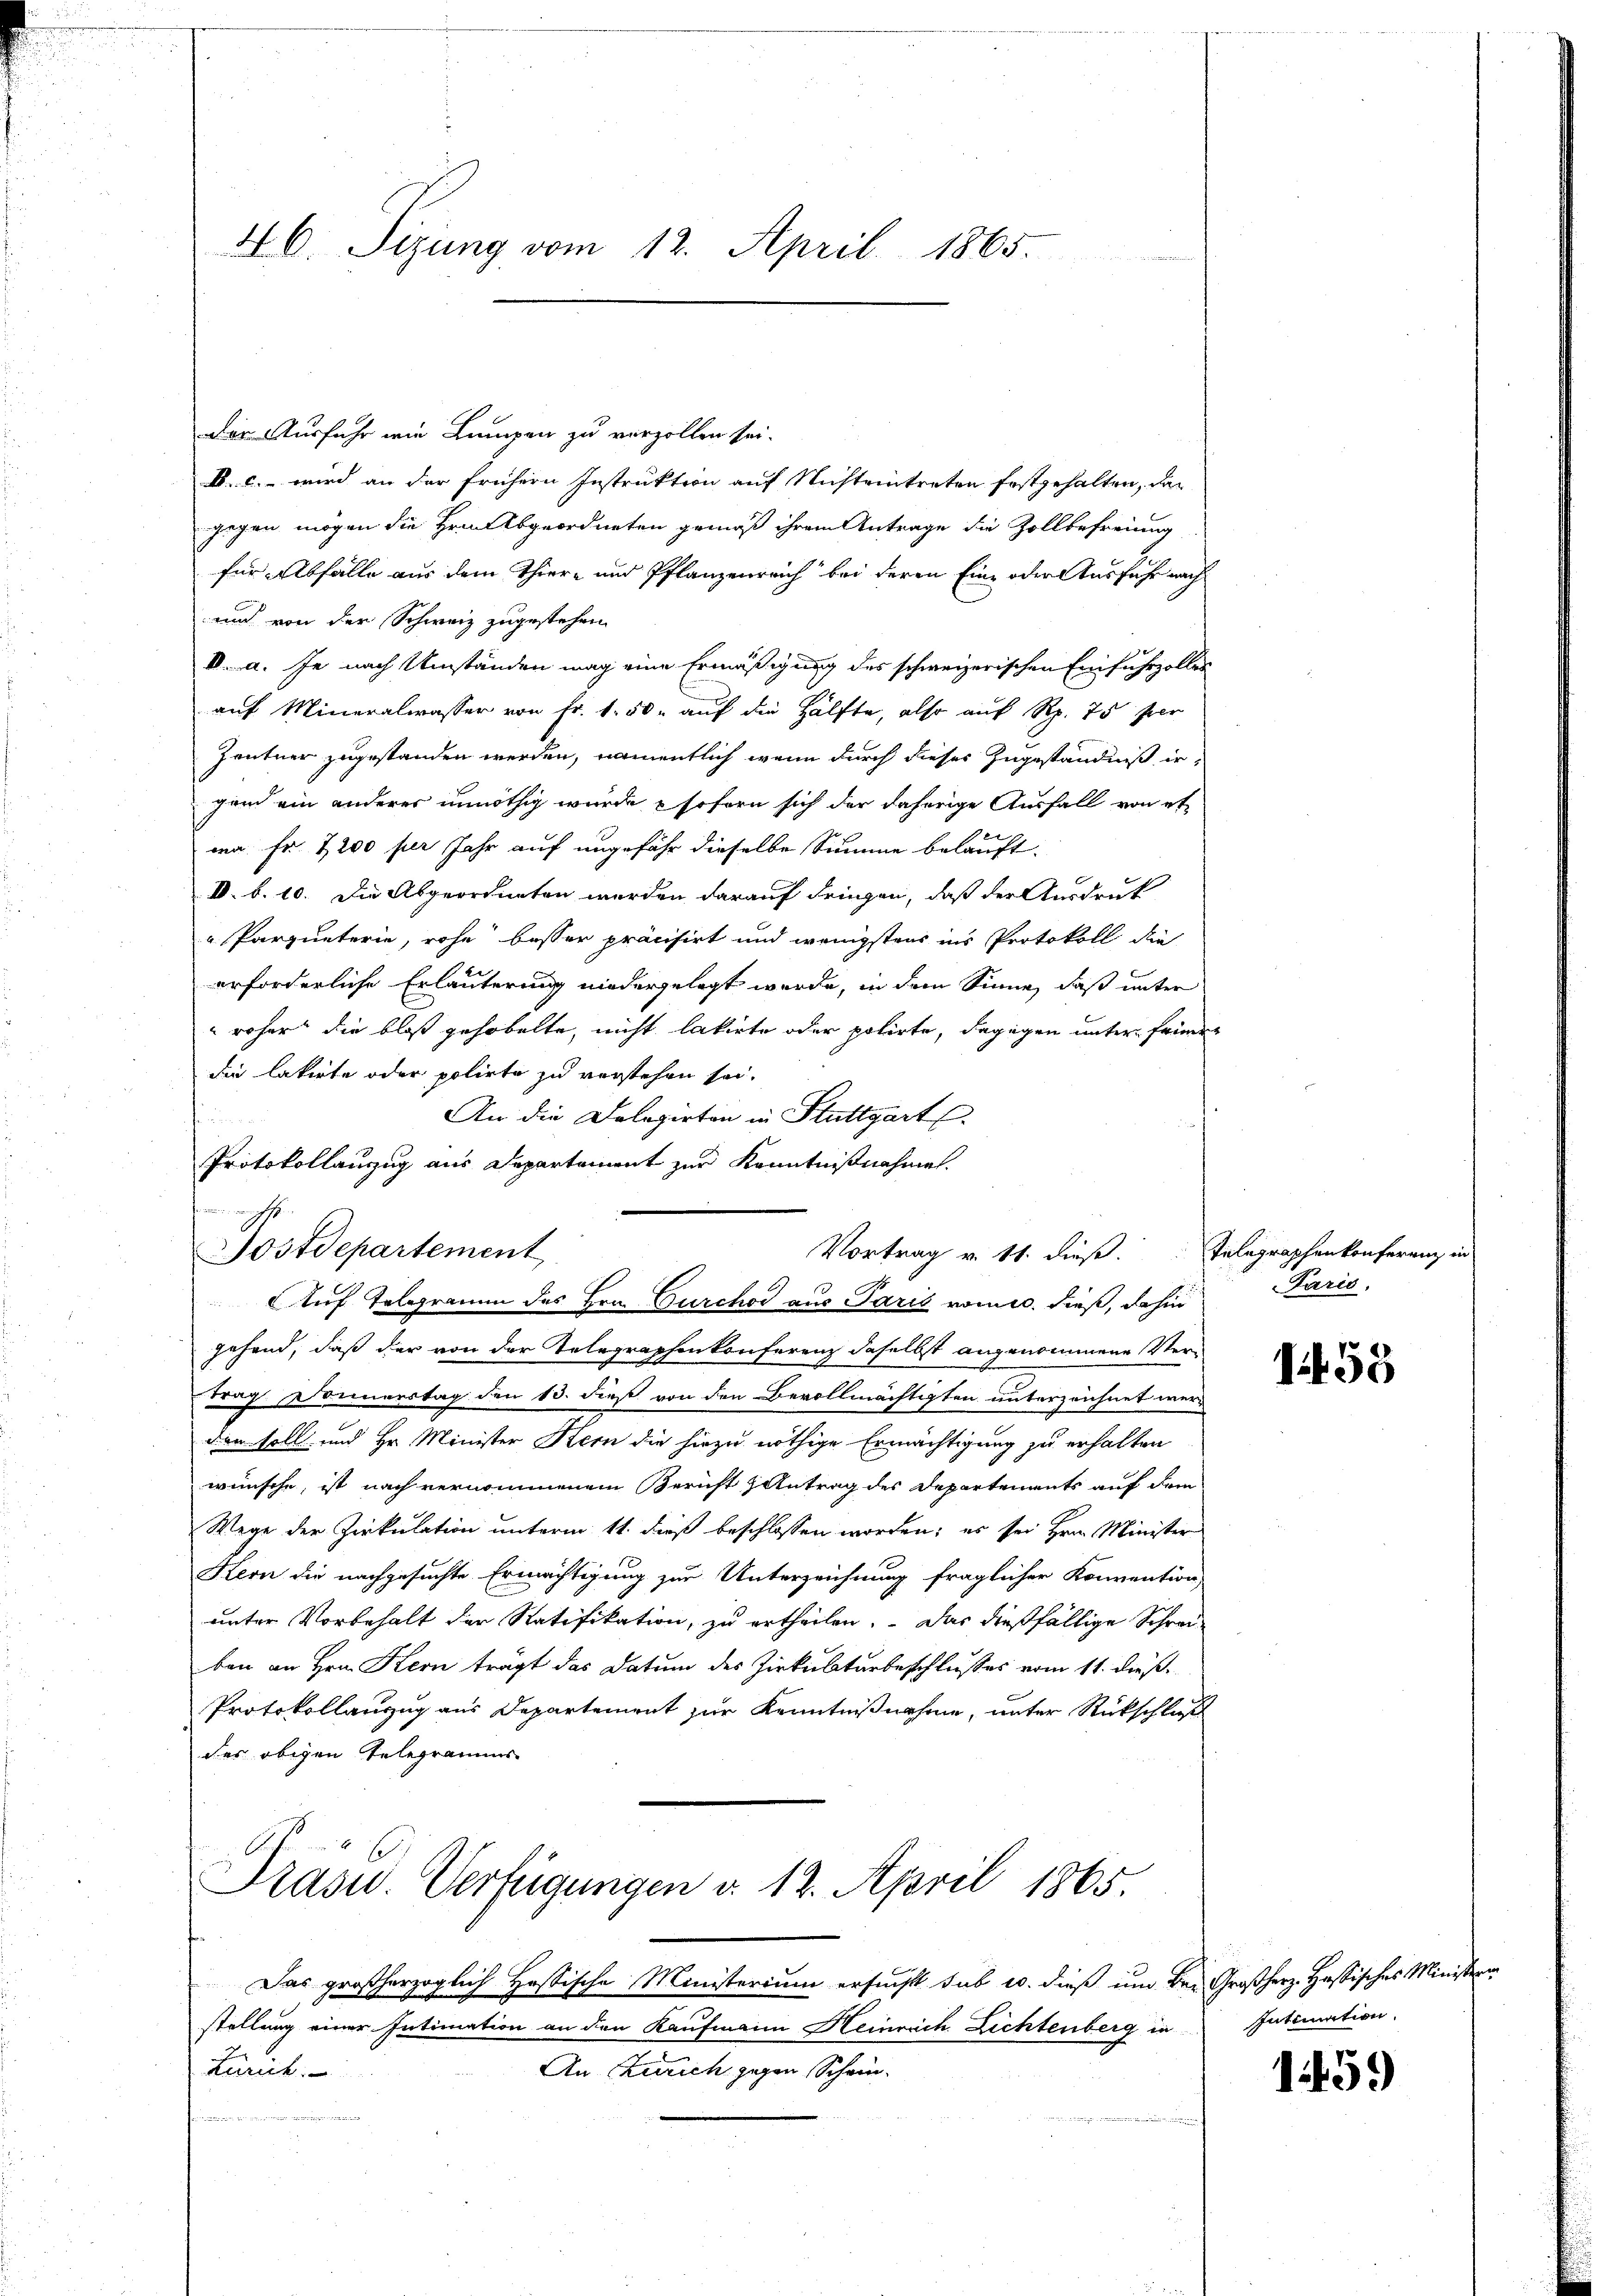
46. Sizung vom 12. April 1865.

Das Ausfuhr wie Lumpen zu verzollen sei.
B. c. wird an der frühern Instruktion auf Nichteintreten festgehalten, das
gegen mögen die Hrn Abgeordneten gemäß ihrem Antrage die Zollbefreiung
für Abfälle aus dem Thier- und Pflanzenreich bei deren Eine oder Ausfuhr nach
und von der Schweiz zugestehen
IV. a. Je nach Umständen mag eine Ermäßigung des schweizerischen Einfuhrzolles
auf Mineralwasser von Fr. 1. 50. auf die Hälfte, also auf Rp. 75 per
Zentner zugestanden werden, namentlich wenn durch dieses Zugeständniß ergend ein anderer unnöthig wurde sofern sich der daherige Ausfall von etwa Fr. 7200 fr Jahr auf ungefähr dieselbe Summe belauft.
V. b. 10. Die Abgeordneten werden darauf dringen, daß der Ausdruck
Parqueterie, rohe besser präcisirt und wenigstens ins Protokoll die
erforderliche Erläuterung niedergelegt werde, in dem Sinne, daß unter
roher die bloß gehobelte, nicht lakirte oder polirte, dagegen unter feuere
die lakirte oder polirte zu verstehen sei.
An die Dolegirten in Stuttgart
i
Protokollanzug aus Departement zur Kenntnißnahme.
h
Postdepartement
Auf Telegramm des Hrn. Durchod aus Paris vom 10. dieß, dahin
gehend, daß der von der Telegraphenkonferenz daselbst angenommene Vertrag Donnerstag den 13. dieß von den Bevollmächtigten unterzeichnet werden soll und Hr. Minister Stern die hiezu nöthige Ermächtigung zu erhalten
wünsche, ist nach vernommenem Bericht Antrag des Departements auf dem
Wege der Zirkulation unterm 11. dieß beschlossen worden; es sei Hrn. Minister
Kern die nachgesuchte Ermächtigung zur Unterzeichnung fraglicher Konvention,
unter Vorbehalt der Ratifikation, zu ertheilen. Das dießfällige Schreiben an Hrn. Kern trägt das Datum des Zirkulturbeschlusses vom 11. dieß.
Protokollanzug aus Departement zur Kenntnißnahme, unter Rückschluß
des obigen Telegramms
Prasw. Verfügungen v. 12. April 1865.
Das großherzoglich Hastische Ministerium ersucht sub 20. dieß um Be- Großherz. Hassisches Ministern
stellung einer Intimation an den Kaufmann Heinrich Lichtenberg in
An Zürich, gegen Schein-
Zürich.

Vortrag v. 11. dieß. Telegraphenkonferenz in

Paris,

155

Intimation.

1459